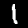
Digit: 1